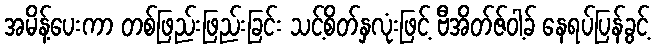
အမိန့်ပေးကာ တစ်ဖြည်းဖြည်းခြင်း သင့်စိတ်နှလုံးဖြင့် ဗီအိတ်ဇ်ဝါ့ခ် နေရပ်ပြန်ခွင့်